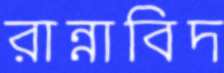
রান্নাবিদ